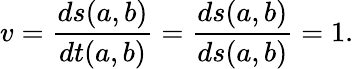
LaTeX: v=\frac{ds(a,b)}{dt(a,b)}=\frac{ds(a,b)}{ds(a,b)}=1.